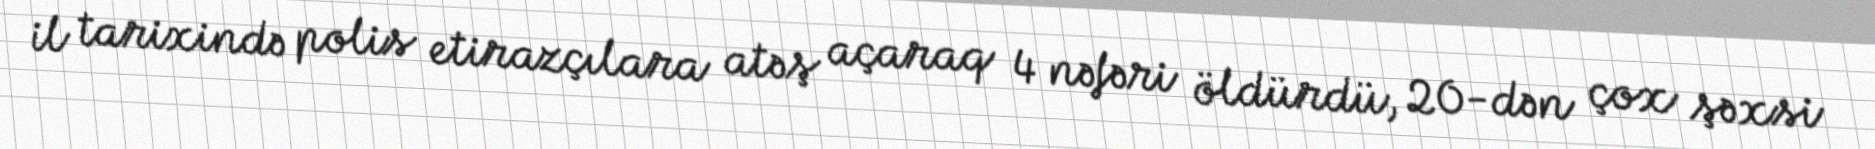
il tarixində polis etirazçılara atəş açaraq 4 nəfəri öldürdü, 20-dən çox şəxsi